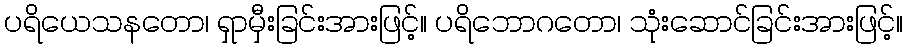
ပရိယေသနတော၊ ရှာမှီးခြင်းအားဖြင့်။ ပရိဘောဂတော၊ သုံးဆောင်ခြင်းအားဖြင့်။